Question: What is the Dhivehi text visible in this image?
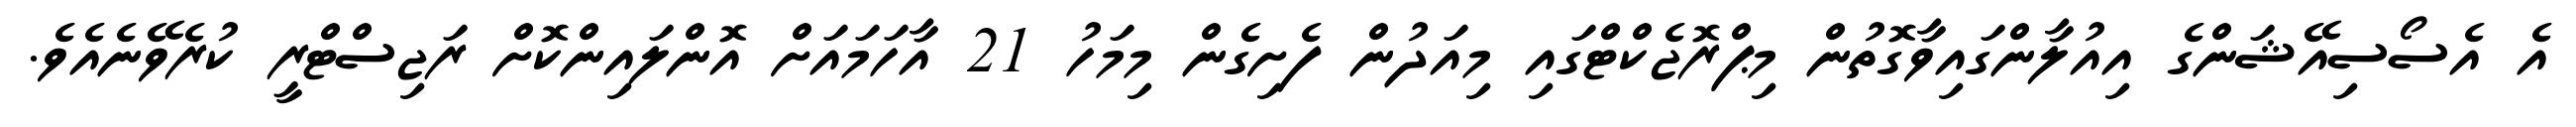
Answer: އެ އެސޯސިއޭޝަންގެ އިއުލާންގައިވާގޮތުން މިޕްރޮޖެކްޓްގައި މިއަދުން ފެށިގެން މިމަހު 21 އާހަމައަށް އޮންލައިންކޮށް ރަޖިސްޓްރީ ކުރެވޭނެއެވެ.